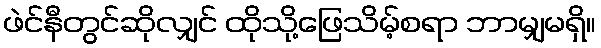
ဖဲင်နီတွင်ဆိုလျှင် ထိုသို့ဖြေသိမ့်စရာ ဘာမျှမရှိ။